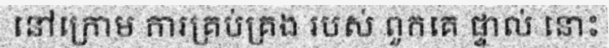
នៅក្រោម ការគ្រប់គ្រង របស់ ពួកគេ ផ្ទាល់ នោះ